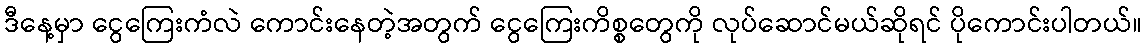
ဒီနေ့မှာ ငွေကြေးကံလဲ ကောင်းနေတဲ့အတွက် ငွေကြေးကိစ္စတွေကို လုပ်ဆောင်မယ်ဆိုရင် ပိုကောင်းပါတယ်။